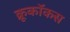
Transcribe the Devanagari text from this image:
क्रूकॉकस